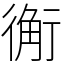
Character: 䚘